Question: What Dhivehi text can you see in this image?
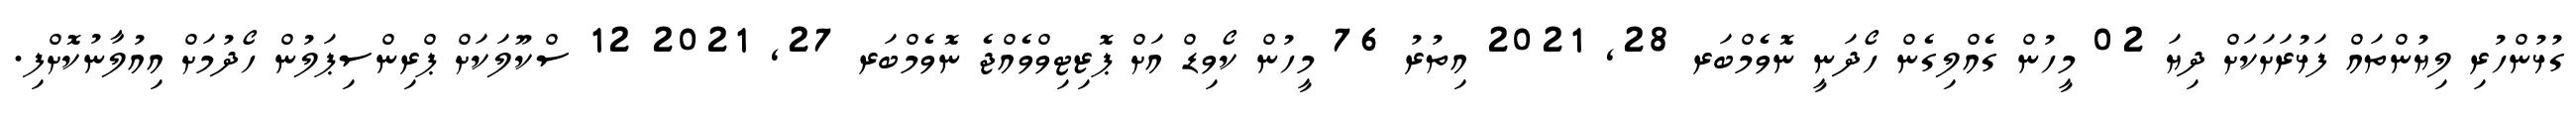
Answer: ގުޅުންހުރި ލިޔުންތައް ފަޅުރަށަކަށް ދިޔަ 02 މީހުން ގެއްލިގެން ހޯދަނީ ނޮވެމްބަރ 28, 2021 އިތުރު 76 މީހުން ކޯވިޑް އަށް ޕޮޒިޓިވްވެއްޖެ ނޮވެމްބަރ 27, 2021 12 ސްކޫލަކަށް ޕްރިންސިޕަލުން ހޯދުމަށް އިއުލާނުކޮށްފި.